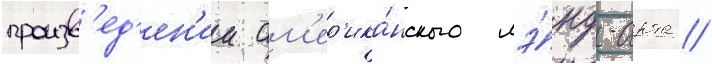
произв'ед'ен'ии ам'ер'ика́нского лэ́нд-арта //